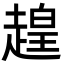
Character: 䞹